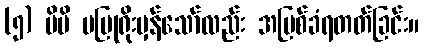
(၅) မိမိ မပြုရိုးမှန်သော်လည်း အပြစ်ခံရတတ်ခြင်း။